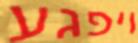
ויפגע